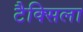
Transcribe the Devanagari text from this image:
टैक्सिला